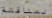
لمناقشة